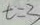
t = 3